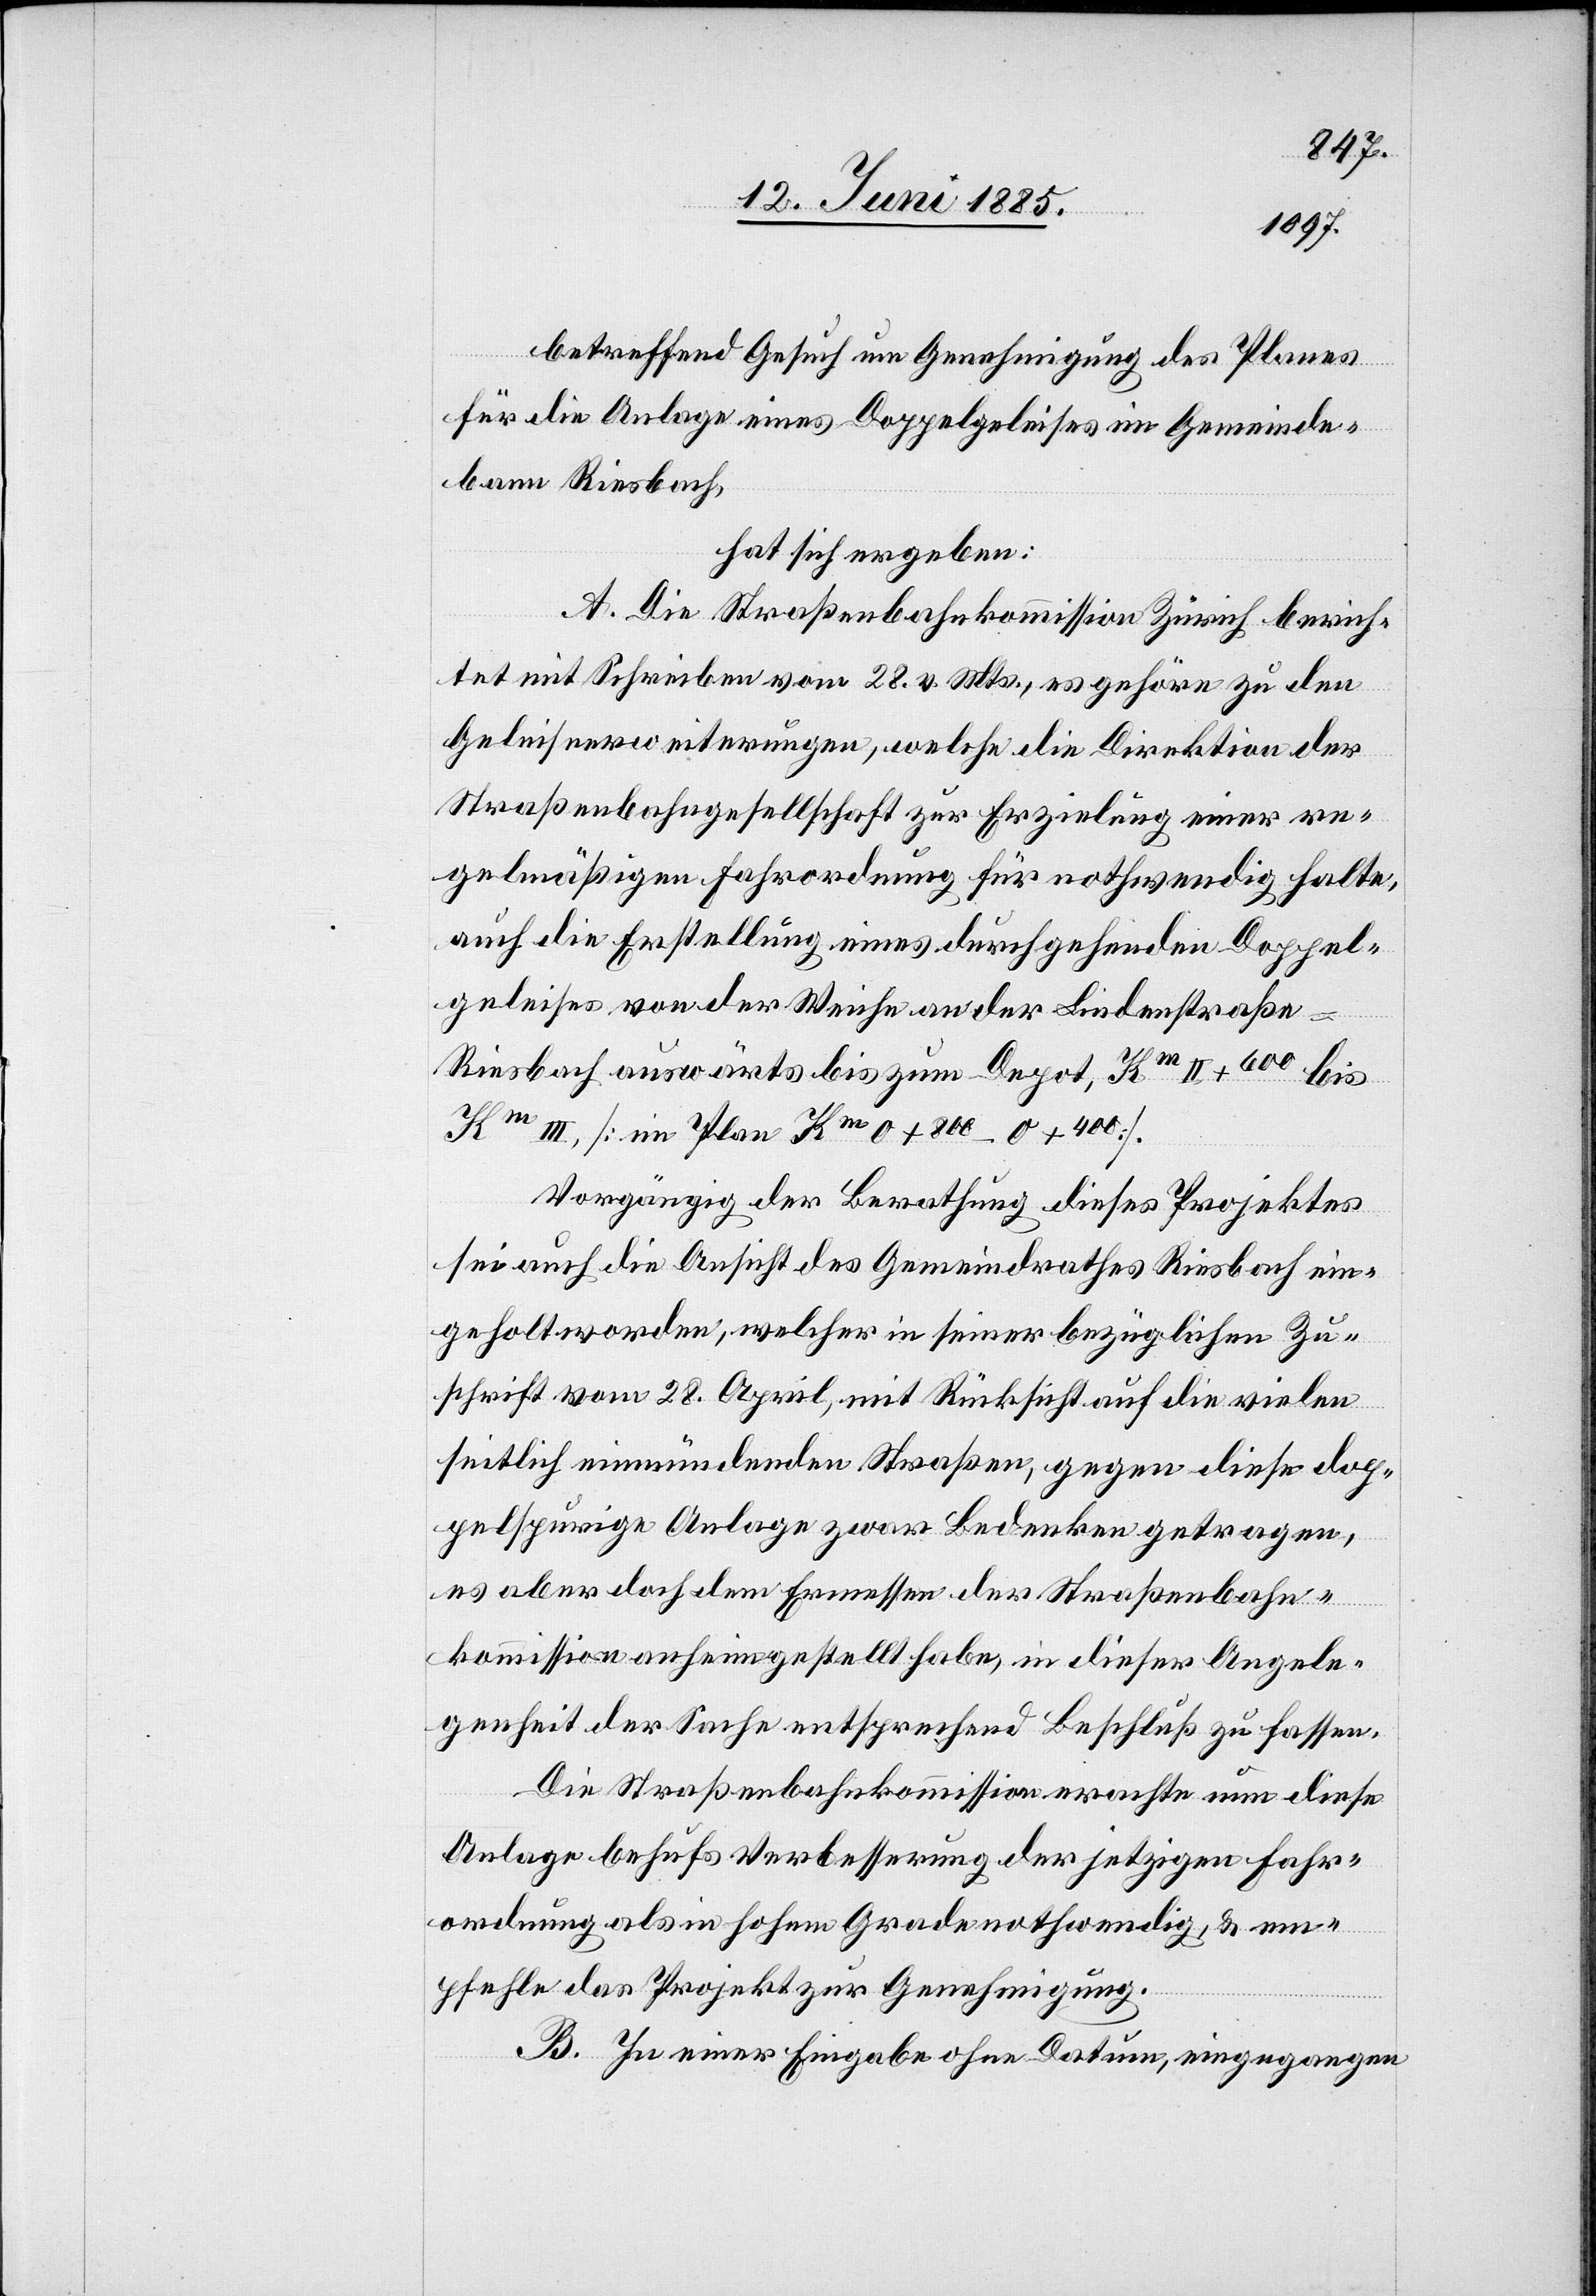
betreffend Gesuch um Genehmigung des Planes
für die Anlage eines Doppelgeleises im Gemeinde¬
bann Riesbach,
hat sich ergeben:
A. Die Straßenbahnkommission Zürich berich¬
tet mit Schreiben vom 28. v. Mts., es gehöre zu den
Geleiseerweiterungen, welche die Direktion der
Straßenbahngesellschaft zur Erzielung einer re¬
gelmäßigen Fahrordnung für nothwendig halte,
auch die Erstellung eines durchgehenden Doppel¬
geleises von der Weiche an der Lindenstraße
Riesbach auswärts bis zum Depot, Km II + 600 bis
Km III, [im Plan Km 0 + 400].
Vorgängig der Berathung dieses Projektes
sei auch die Ansicht des Gemeindrathes Riesbach ein¬
geholt worden, welcher in seiner bezüglichen Zu¬
schrift vom 28. April, mit Rücksicht auf die vielen
seitlich einmündenden Straßen, gegen diese dop¬
pelspurige Anlage zwar Bedenken getragen,
es aber doch dem Ermessen der Straßenbahn¬
kommission anheimgestellt habe, in dieser Angele¬
genheit der Sache entsprechend Beschluß zu fassen.
Die Straßenbahnkommission erachte nun diese
Anlage behufs Verbesserung der jetzigen Fahr¬
ordnung als in hohem Grade nothwendig, & em¬
pfehle das Projekt zur Genehmigung.
B. In einer Eingabe ohne Datum, eingegangen